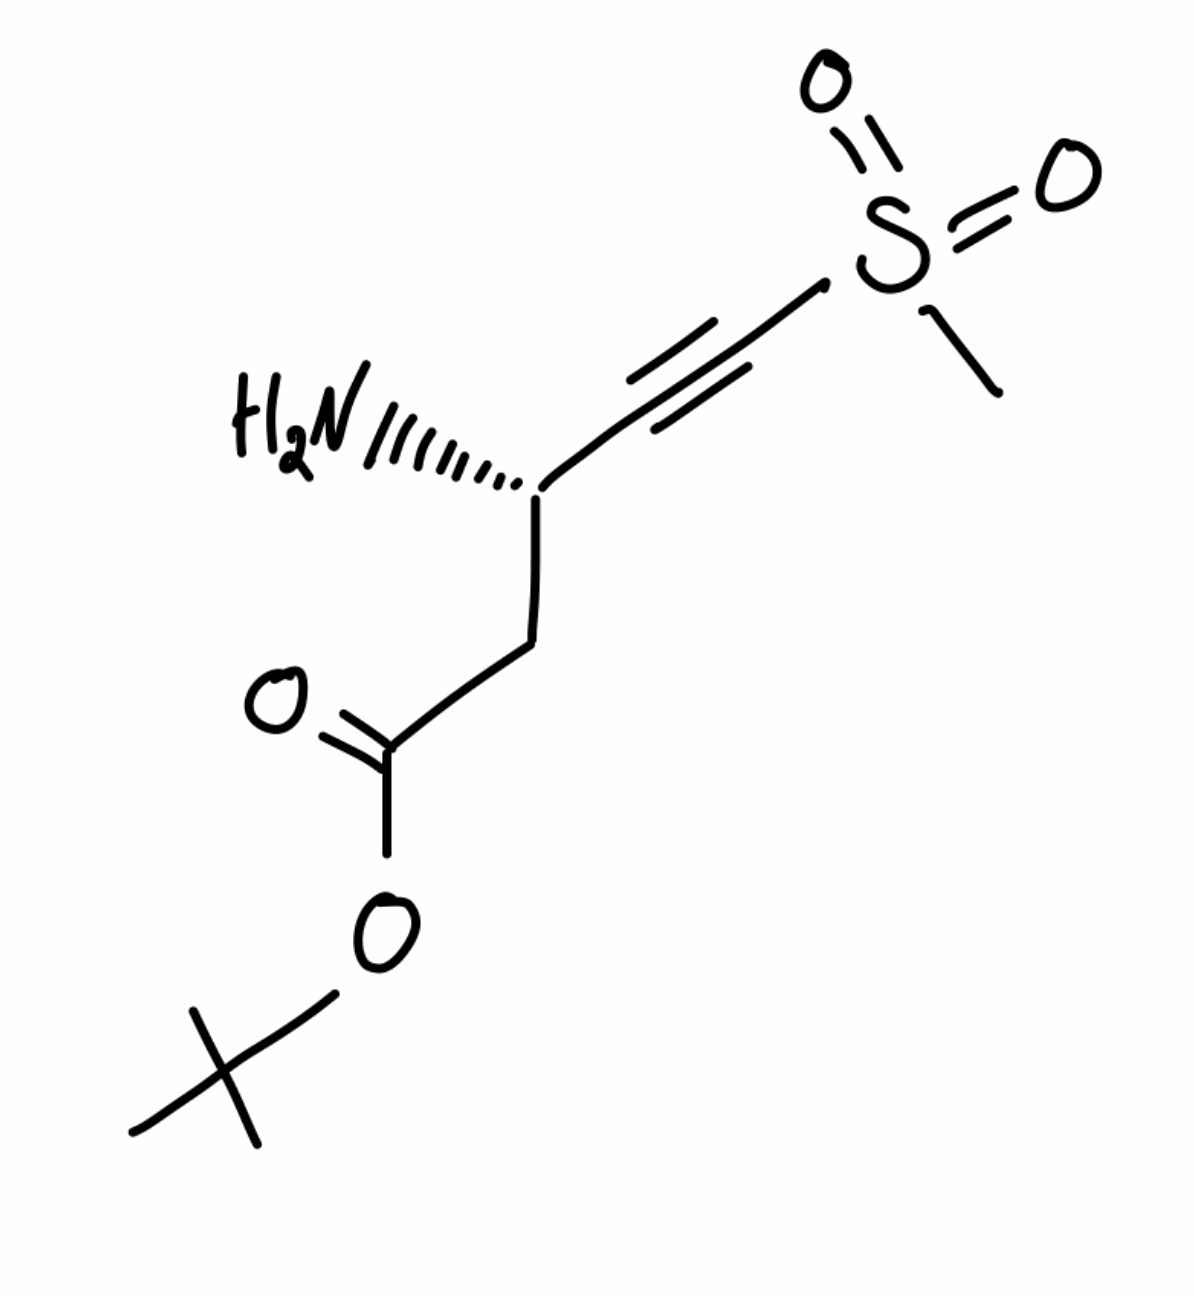
Simplified molecular-input line-entry system (SMILES) notation of the given molecule:
CC(C)(C)OC(=O)C[C@@H](C#CS(=O)(=O)C)N